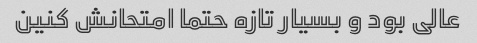
عالی بود و بسیار تازه حتما امتحانش کنین